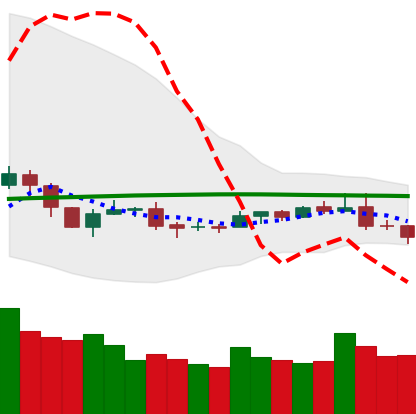
Ticker: NEO-USD
Chart end date: 2019-08-08
Forward return: -3.544%
Label: down_3_5